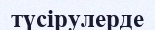
түсірулерде